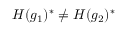
H ( g _ { 1 } ) ^ { * } \neq H ( g _ { 2 } ) ^ { * }